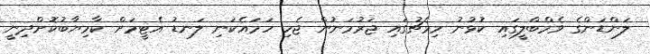
ލަންޑަންގެ ވެމްބްލީގައި ކުޅުނު މިމެޗުގައި ޖަރުމަނުން ޖެހި ހަމައެކަނި ލަނޑު އެޓީމަށް ކާމިޔާބުކޮށްދިނީ